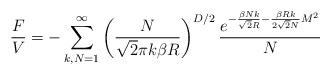
LaTeX: \begin{align*}\frac{F}{V}=-\sum_{k,N=1}^\infty \left(\frac{N}{\sqrt{2}\pi k\beta R}\right)^{D/2}\frac{e^{-\frac{\beta Nk}{\sqrt{2} R}-\frac{\beta R k}{2\sqrt{2} N}M^2}}{N}\end{align*}